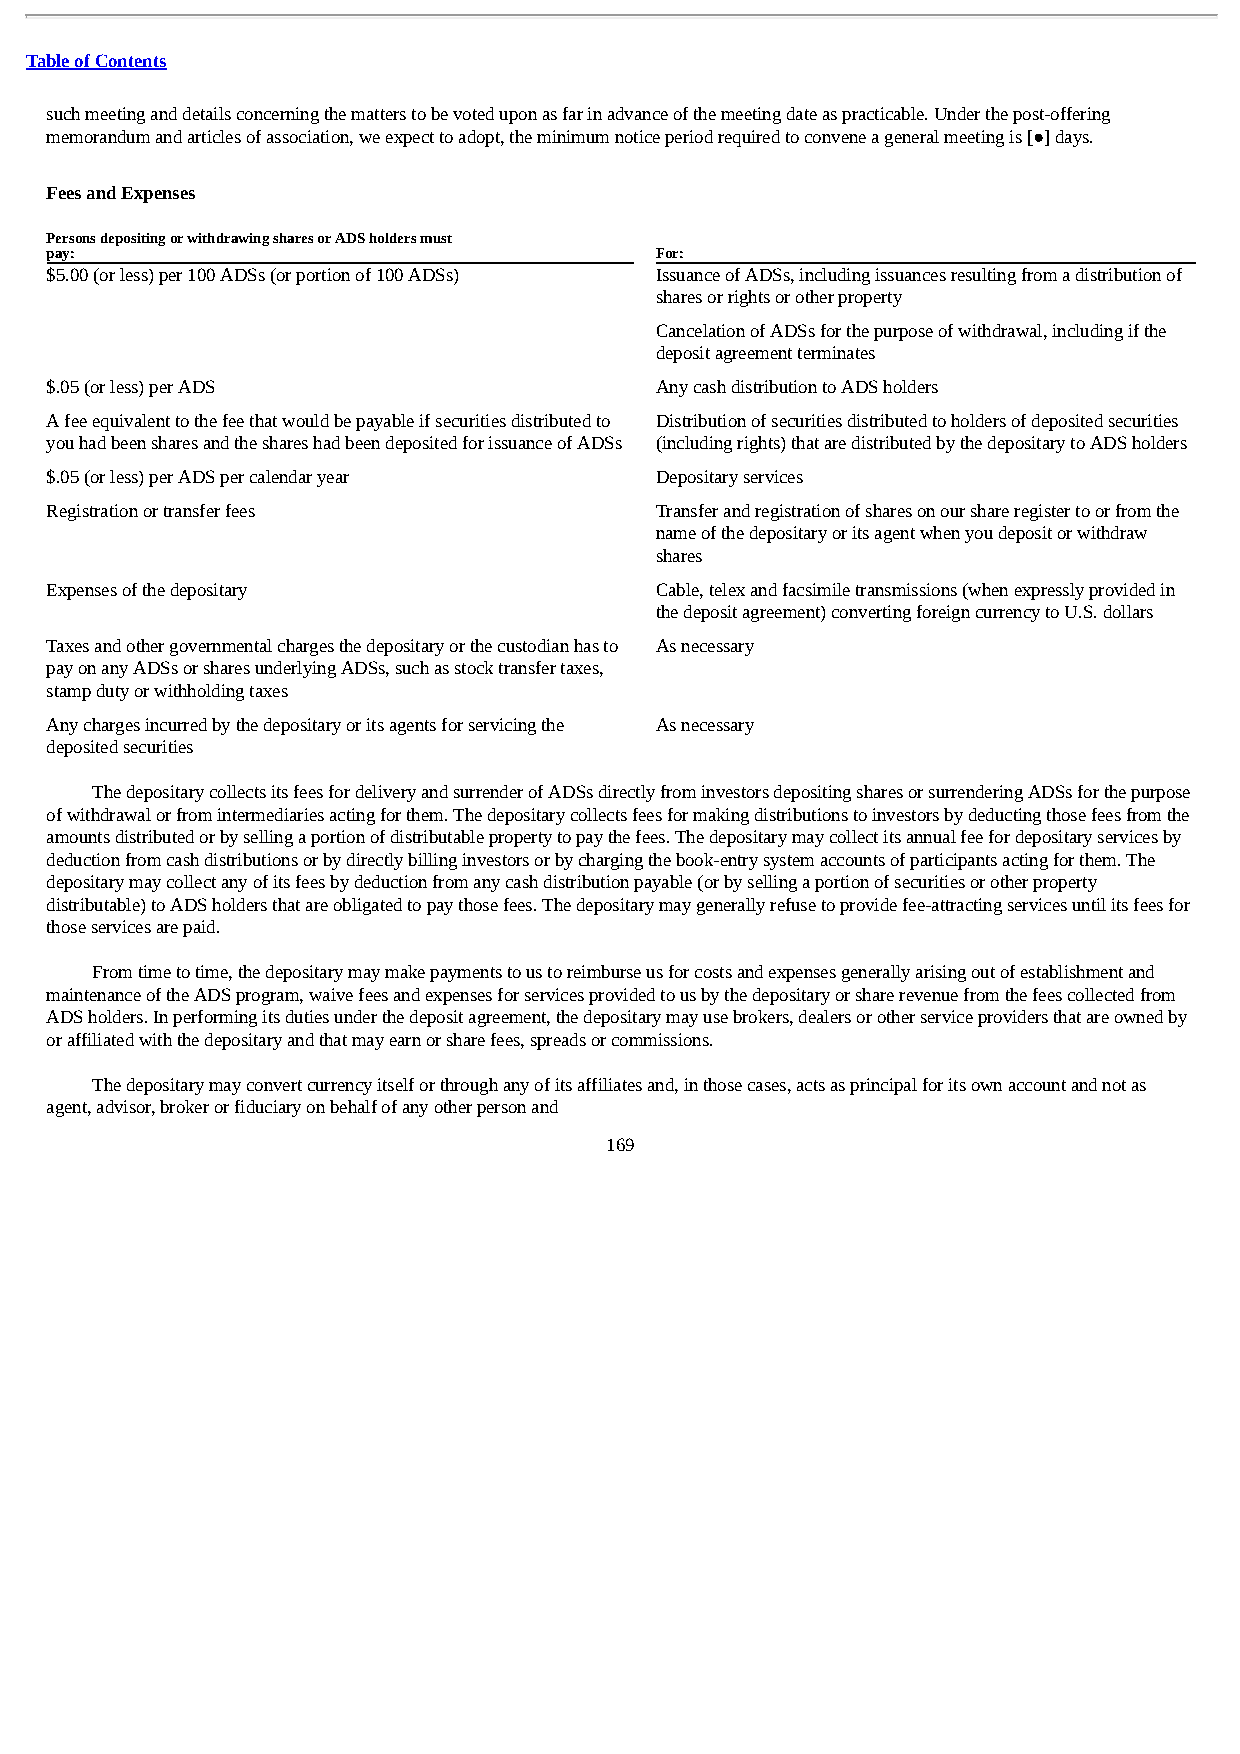
Table of Contents
 such meeting and details concerning the matters to be voted upon as far in advance of the meeting date as practicable. Under the post-offering
 memorandum and articles of association, we expect to adopt, the minimum notice period required to convene a general meeting is [●] days.
 Fees and Expenses
 Persons depositing or withdrawing shares or ADS holders must
 pay:                                    For:
 $5.00 (or less) per 100 ADSs (or portion of 100 ADSs) Issuance of ADSs, including issuances resulting from a distribution of
 shares or rights or other property
 Cancelation of ADSs for the purpose of withdrawal, including if the
 deposit agreement terminates
 $.05 (or less) per ADS                  Any cash distribution to ADS holders
 A fee equivalent to the fee that would be payable if securities distributed to Distribution of securities distributed to holders of deposited securities
 you had been shares and the shares had been deposited for issuance of ADSs (including rights) that are distributed by the depositary to ADS holders
 $.05 (or less) per ADS per calendar year Depositary services
 Registration or transfer fees           Transfer and registration of shares on our share register to or from the
 name of the depositary or its agent when you deposit or withdraw
 shares
 Expenses of the depositary              Cable, telex and facsimile transmissions (when expressly provided in
 the deposit agreement) converting foreign currency to U.S. dollars
 Taxes and other governmental charges the depositary or the custodian has to As necessary
 pay on any ADSs or shares underlying ADSs, such as stock transfer taxes,
 stamp duty or withholding taxes
 Any charges incurred by the depositary or its agents for servicing the As necessary
 deposited securities
 The depositary collects its fees for delivery and surrender of ADSs directly from investors depositing shares or surrendering ADSs for the purpose
 of withdrawal or from intermediaries acting for them. The depositary collects fees for making distributions to investors by deducting those fees from the
 amounts distributed or by selling a portion of distributable property to pay the fees. The depositary may collect its annual fee for depositary services by
 deduction from cash distributions or by directly billing investors or by charging the book-entry system accounts of participants acting for them. The
 depositary may collect any of its fees by deduction from any cash distribution payable (or by selling a portion of securities or other property
 distributable) to ADS holders that are obligated to pay those fees. The depositary may generally refuse to provide fee-attracting services until its fees for
 those services are paid.
 From time to time, the depositary may make payments to us to reimburse us for costs and expenses generally arising out of establishment and
 maintenance of the ADS program, waive fees and expenses for services provided to us by the depositary or share revenue from the fees collected from
 ADS holders. In performing its duties under the deposit agreement, the depositary may use brokers, dealers or other service providers that are owned by
 or affiliated with the depositary and that may earn or share fees, spreads or commissions.
 The depositary may convert currency itself or through any of its affiliates and, in those cases, acts as principal for its own account and not as
 agent, advisor, broker or fiduciary on behalf of any other person and
 169